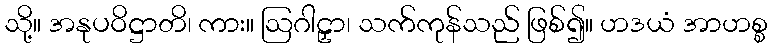
သို့။ အနုပဝိဋ္ဌာတိ၊ ကား။ ဩဂါဠှာ၊ သက်ကုန်သည် ဖြစ်၍။ ဟဒယံ အာဟစ္စ